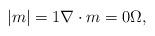
LaTeX: \begin{align*}|m|=1 \nabla \cdot m=0\Omega,\end{align*}